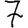
Digit: 7